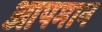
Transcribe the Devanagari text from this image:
आपमान